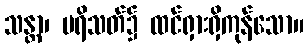
သန္တာ၊ ပရိသတ်၌ ထင်ရှားရှိကုန်သော။